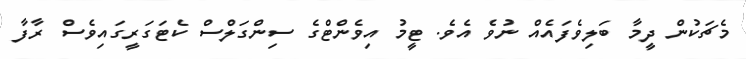
މެޗަކުން ދީމާ ބަލިވެފައެއް ނުވެ އެވެ. ޓީމު އިވެންޓްގެ ސިންގަލްސް ކެޓަގަރީގައިވެސް ރާފާ